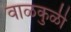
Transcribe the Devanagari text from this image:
वाळकुळी